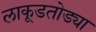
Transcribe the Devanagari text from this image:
लाकूडतोड्या